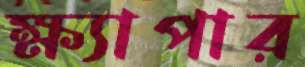
ক্ষ্যাপার